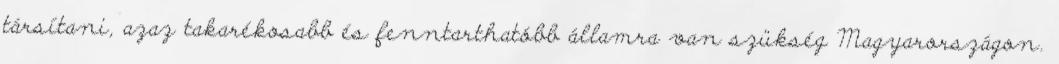
társítani, azaz takarékosabb és fenntarthatóbb államra van szükség Magyarországon.